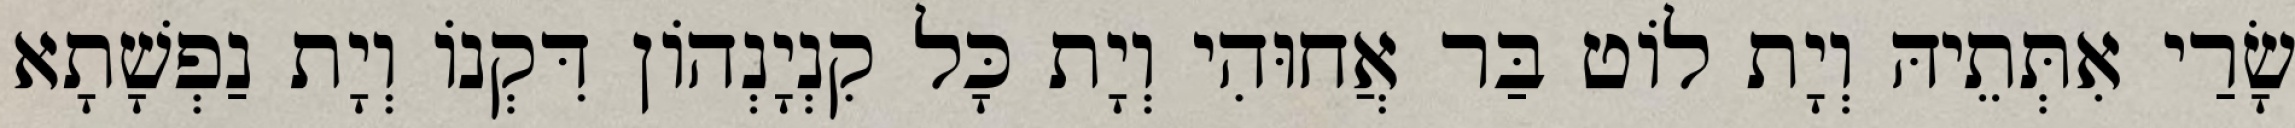
שָׂרַי אִתְּתֵיהּ וְיָת לוֹט בַּר אֲחוּהִי וְיָת כָּל קִנְיָנְהוֹן דִּקְנוֹ וְיָת נַפְשָׁתָא